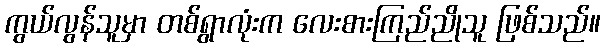
ကွယ်လွန်သူမှာ တစ်ရွာလုံးက လေးစားကြည်ညိုသူ ဖြစ်သည်။